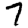
Digit: 7